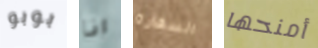
بوبو انا السفارة أمنحها